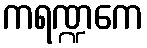
ကရဏ္ဍကေ